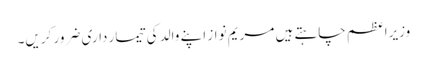
وزیراعظم چاہتے ہیں مریم نواز اپنے والد کی تیمار داری ضرور کریں۔